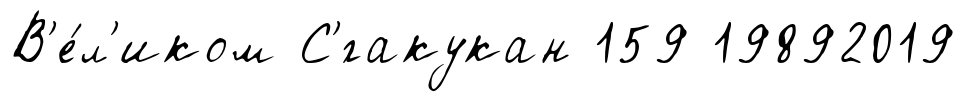
В'е́л'иком С'́гакукан 159 19892019